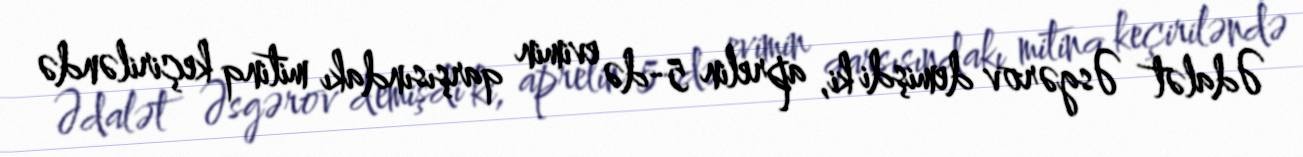
Ədalət Əsgərov demişdi ki, aprelin 5-də evimin qarşısındakı mitinq keçiriləndə